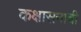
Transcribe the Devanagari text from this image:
कक्षासनाची